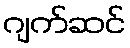
ဂျက်ဆင်